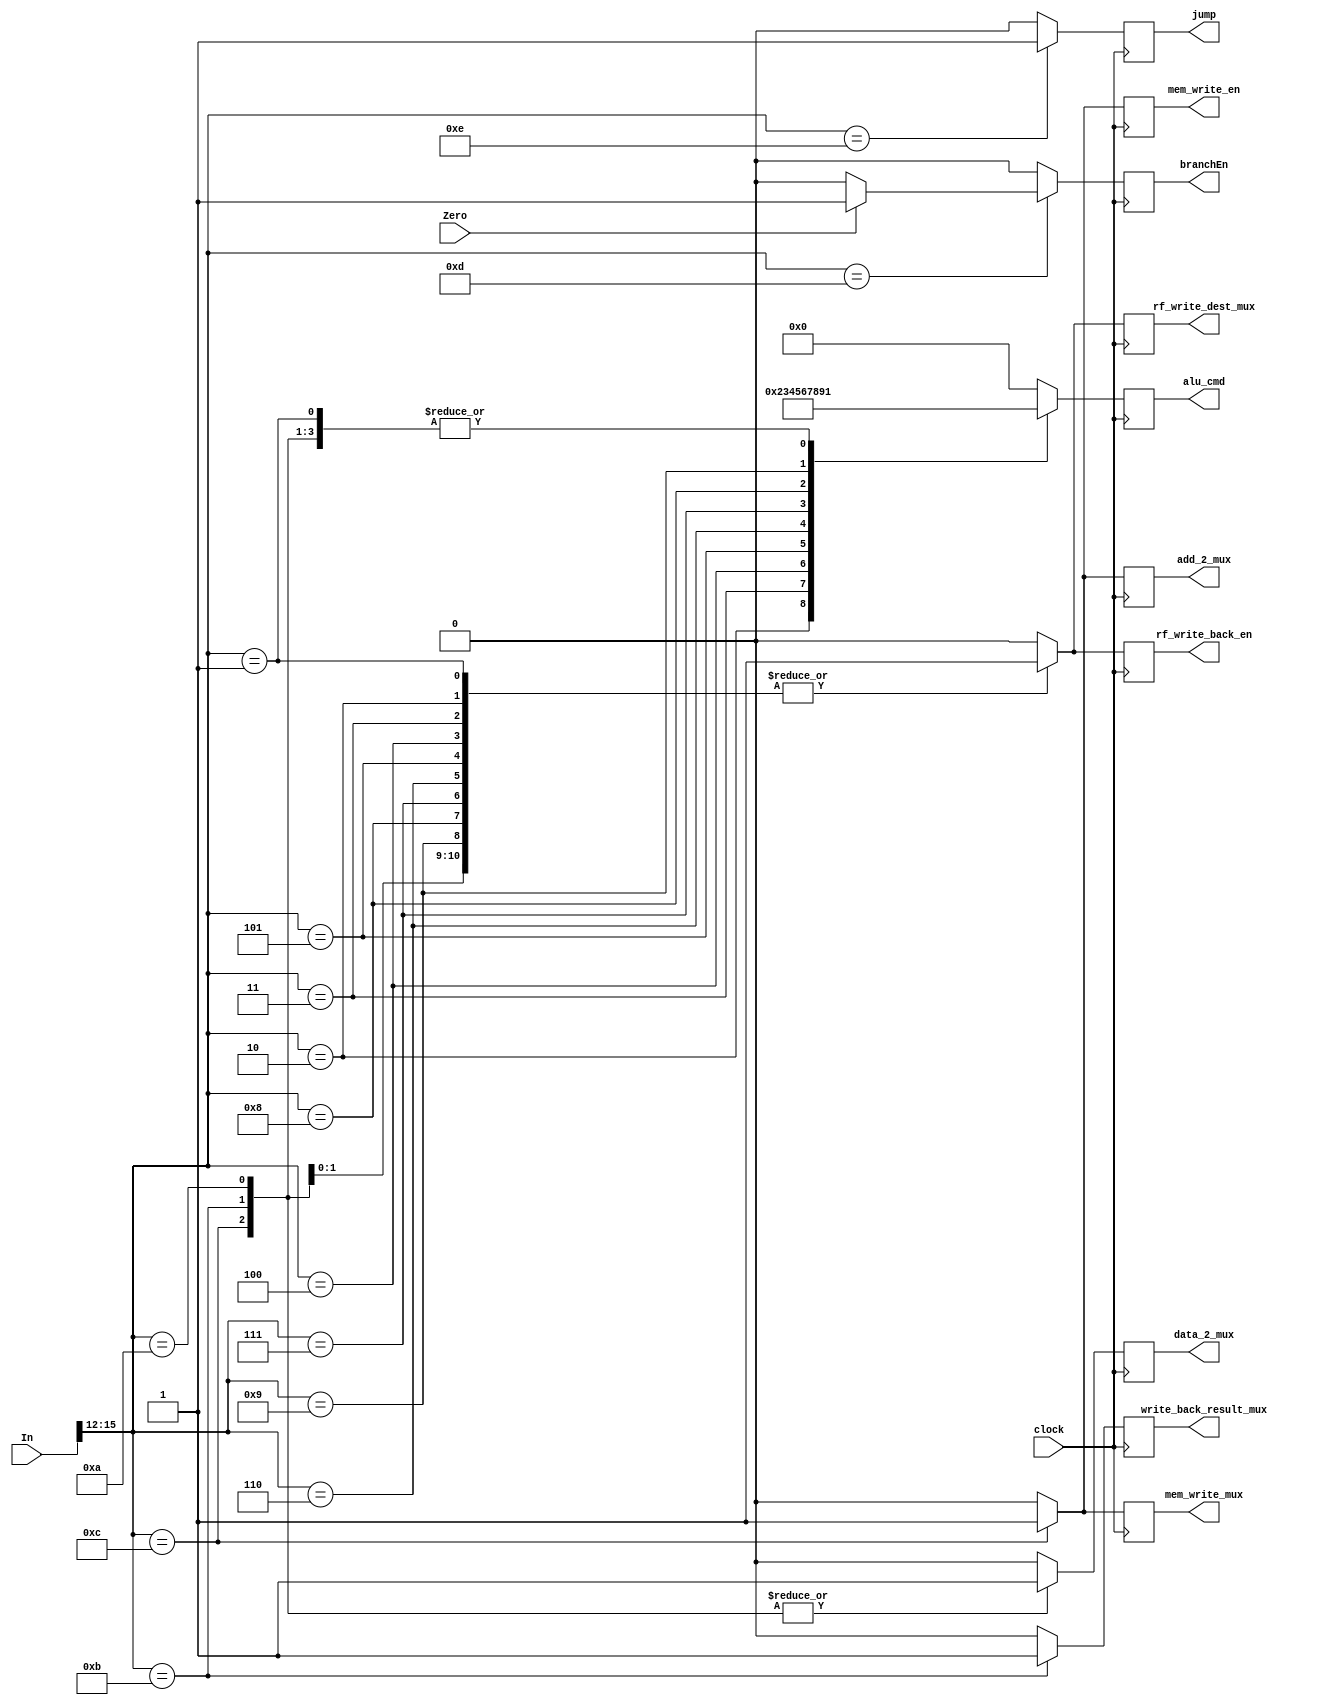
module CONTROLLER(
  input             clock,
  input [15:0]      In,
  input             Zero,
  output reg [3:0]  alu_cmd,
  output reg        rf_write_back_en,
  output reg        write_back_result_mux,
  output reg        mem_write_en,
  output reg        rf_write_dest_mux,
  output reg        add_2_mux,
  output reg        data_2_mux,
  output reg        mem_write_mux,
  output reg        branchEn,
  output reg        jump
);
  wire [3:0] OP;
  assign OP = In[15:12];
  always@(posedge clock) begin
    alu_cmd = 0; rf_write_back_en = 0; write_back_result_mux = 0; mem_write_en = 0; rf_write_dest_mux = 0; add_2_mux = 0; data_2_mux = 0; mem_write_mux = 0; branchEn = 0; jump = 0;
    case(OP) 
      0: begin if(OP == 0) begin alu_cmd = 0; end end
      1: begin if(OP == 1) begin alu_cmd = 1;  rf_write_back_en = 1; rf_write_dest_mux = 1; end end
      2: begin if(OP == 2) begin alu_cmd = 2; rf_write_back_en = 1; rf_write_dest_mux = 1; end end
      3: begin if(OP == 3) begin alu_cmd = 3; rf_write_back_en = 1; rf_write_dest_mux = 1; end end
      4: begin if(OP == 4) begin alu_cmd = 4; rf_write_back_en = 1; rf_write_dest_mux = 1; end end
      5: begin if(OP == 5) begin alu_cmd = 5; rf_write_back_en = 1; rf_write_dest_mux = 1; end end
      6: begin if(OP == 6) begin alu_cmd = 6; rf_write_back_en = 1; rf_write_dest_mux = 1; end end
      7: begin if(OP == 7) begin alu_cmd = 7; rf_write_back_en = 1; rf_write_dest_mux = 1; end end
      8: begin if(OP == 8) begin alu_cmd = 8; rf_write_back_en = 1; rf_write_dest_mux = 1; end end
      9: begin if(OP == 9) begin alu_cmd = 9; rf_write_back_en = 1; rf_write_dest_mux = 1; end end
      10: begin if(OP == 10) begin alu_cmd = 1; rf_write_back_en = 1;  data_2_mux = 1; rf_write_dest_mux = 1; end end
      11: begin if(OP == 11) begin alu_cmd = 1; rf_write_back_en = 1;  data_2_mux = 1; rf_write_dest_mux = 1; write_back_result_mux = 1; end end
      12: begin if(OP == 12) begin alu_cmd = 1; data_2_mux = 1; add_2_mux = 1; mem_write_mux = 1; mem_write_en = 1; end end
      13: begin if(OP == 13) begin branchEn =(Zero)?1:0; end end
      14: begin if(OP == 14) begin jump = 1; end end
    endcase
  end
endmodule